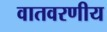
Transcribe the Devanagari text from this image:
वातवरणीय